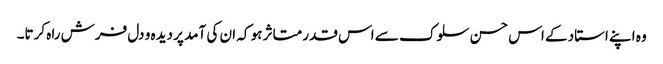
وہ اپنے استاد کے اس حسن سلوک سے اس قدر متاثر ہو کہ ان کی آمد پر دیدہ و دل فرش راہ کرتا۔